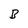
Character: B